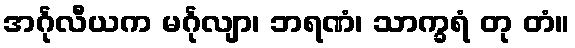
အင်္ဂုလီယက မင်္ဂုလျာ၊ ဘရဏံ၊ သာက္ခရံ တု တံ။